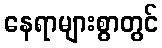
နေရာများစွာတွင်